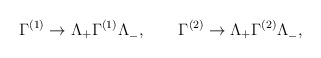
\begin{align*}\Gamma^{(1)} \to \Lambda_+ \Gamma^{(1)} \Lambda^{}_-, \qquad\Gamma^{(2)} \to \Lambda_+ \Gamma^{(2)} \Lambda^{}_-, \end{align*}